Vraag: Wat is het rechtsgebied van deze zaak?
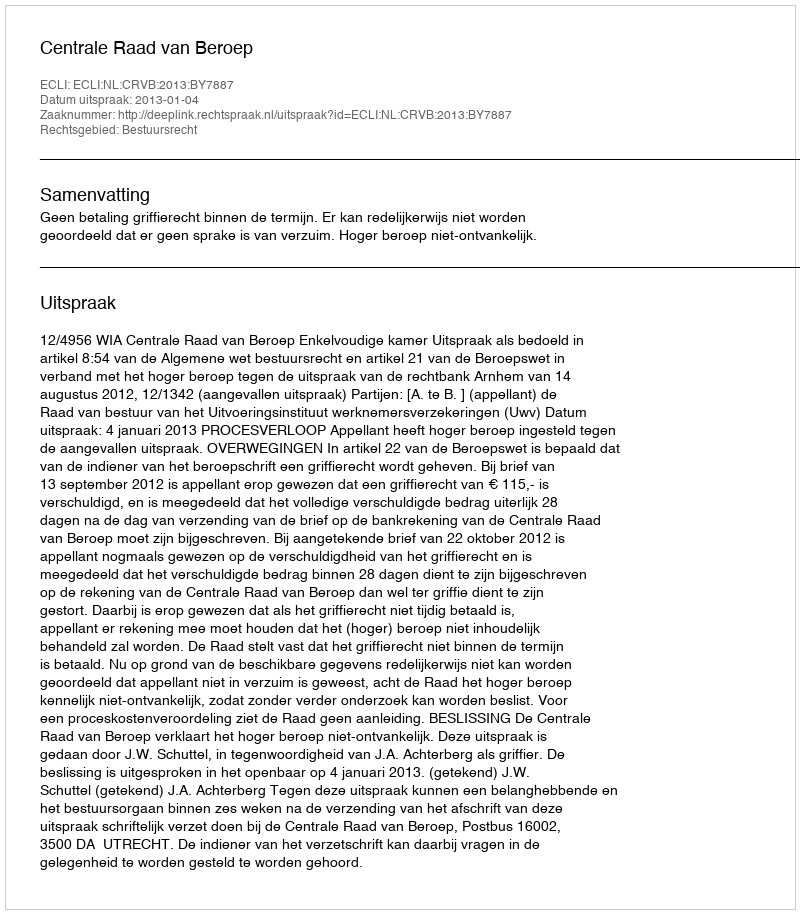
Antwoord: Bestuursrecht